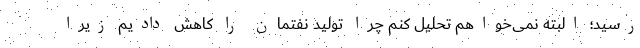
رسید؛ البته نمی‌خواهم تحلیل کنم چرا تولید نفتمان را کاهش دادیم زیرا